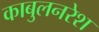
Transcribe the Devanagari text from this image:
काबुलनरेश